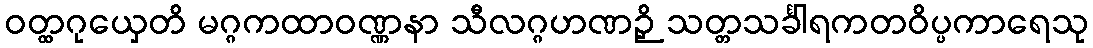
ဝတ္ထဂုယှေတိ မဂ္ဂကထာဝဏ္ဏနာ သီလဂ္ဂဟဏဉှိ သတ္တသင်္ခါရကတဝိပ္ပကာရေသု